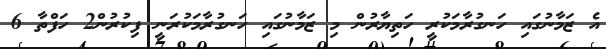
އެ ޒަމާނުގައި ހަނގުރާމަކުރީ ހަތިޔާރުން މި ޒަމާނުގައި ހަނގުރާމަކުރަނީ ފިކުރުން2 ހަފްތާ 6